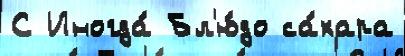
С Иногда́ Бл'ю́до са́хара